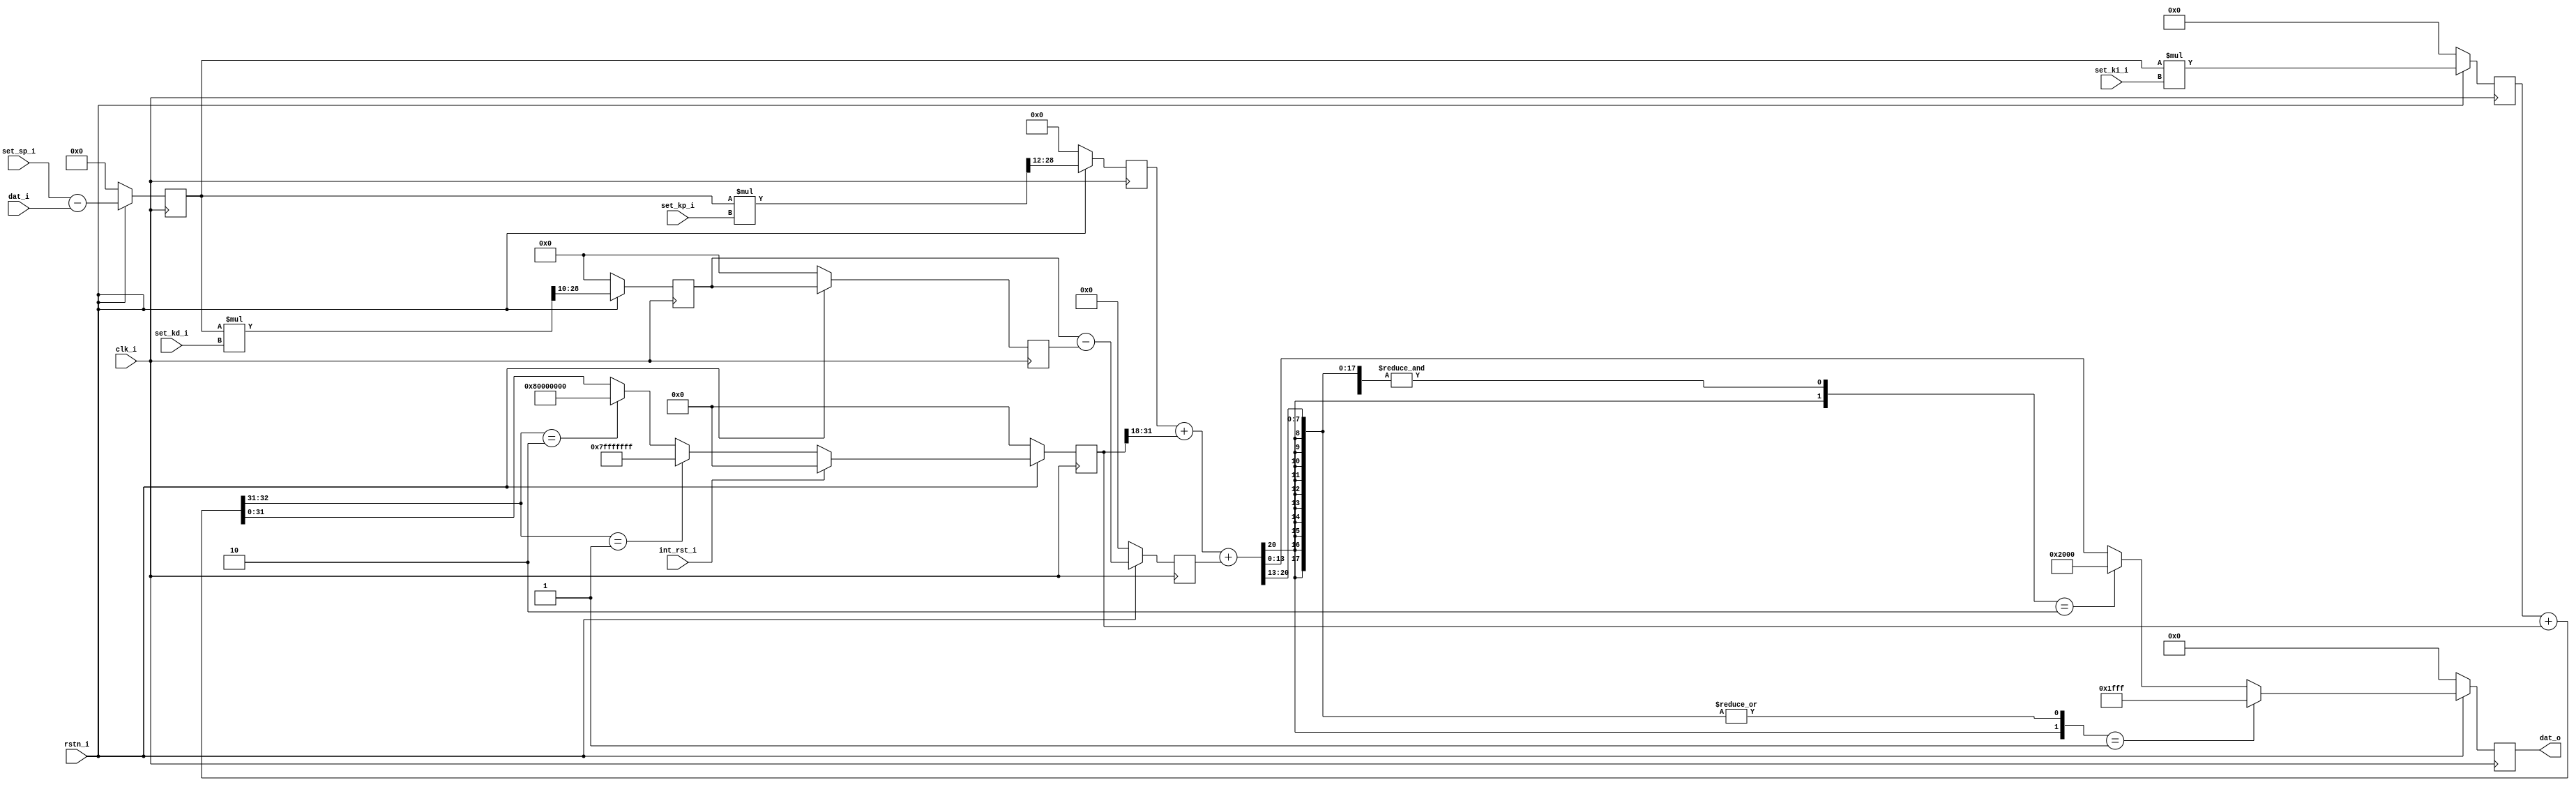
module red_pitaya_pid_block #(
   parameter     PSR = 12         ,
   parameter     ISR = 18         ,
   parameter     DSR = 10          
)
(
   // data
   input                 clk_i           ,  // clock
   input                 rstn_i          ,  // reset - active low
   input      [ 14-1: 0] dat_i           ,  // input data
   output     [ 14-1: 0] dat_o           ,  // output data

   // settings
   input      [ 14-1: 0] set_sp_i        ,  // set point
   input      [ 14-1: 0] set_kp_i        ,  // Kp
   input      [ 14-1: 0] set_ki_i        ,  // Ki
   input      [ 14-1: 0] set_kd_i        ,  // Kd
   input                 int_rst_i          // integrator reset
);




//---------------------------------------------------------------------------------
//  Set point error calculation

reg  [ 15-1: 0] error        ;

always @(posedge clk_i) begin
   if (rstn_i == 1'b0) begin
      error <= 15'h0 ;
   end
   else begin
      error <= $signed(set_sp_i) - $signed(dat_i) ;
   end
end








//---------------------------------------------------------------------------------
//  Proportional part

reg   [29-PSR-1: 0] kp_reg        ;
wire  [    29-1: 0] kp_mult       ;

always @(posedge clk_i) begin
   if (rstn_i == 1'b0) begin
      kp_reg  <= {29-PSR{1'b0}};
   end
   else begin
      kp_reg <= kp_mult[29-1:PSR] ;
   end
end

assign kp_mult = $signed(error) * $signed(set_kp_i);








//---------------------------------------------------------------------------------
//  Integrator

reg   [    29-1: 0] ki_mult       ;
wire  [    33-1: 0] int_sum       ;
reg   [    32-1: 0] int_reg       ;
wire  [32-ISR-1: 0] int_shr       ;

always @(posedge clk_i) begin
   if (rstn_i == 1'b0) begin
      ki_mult  <= {29{1'b0}};
      int_reg  <= {32{1'b0}};
   end
   else begin
      ki_mult <= $signed(error) * $signed(set_ki_i) ;

      if (int_rst_i)
         int_reg <= 32'h0; // reset
      else if (int_sum[33-1:33-2] == 2'b01) // positive saturation
         int_reg <= 32'h7FFFFFFF; // max positive
      else if (int_sum[33-1:33-2] == 2'b10) // negative saturation
         int_reg <= 32'h80000000; // max negative
      else
         int_reg <= int_sum[32-1:0]; // use sum as it is
   end
end

assign int_sum = $signed(ki_mult) + $signed(int_reg) ;
assign int_shr = int_reg[32-1:ISR] ;






//---------------------------------------------------------------------------------
//  Derivative

wire  [    29-1: 0] kd_mult       ;
reg   [29-DSR-1: 0] kd_reg        ;
reg   [29-DSR-1: 0] kd_reg_r      ;
reg   [29-DSR  : 0] kd_reg_s      ;


always @(posedge clk_i) begin
   if (rstn_i == 1'b0) begin
      kd_reg   <= {29-DSR{1'b0}};
      kd_reg_r <= {29-DSR{1'b0}};
      kd_reg_s <= {29-DSR+1{1'b0}};
   end
   else begin
      kd_reg   <= kd_mult[29-1:DSR] ;
      kd_reg_r <= kd_reg;
      kd_reg_s <= $signed(kd_reg) - $signed(kd_reg_r);
   end
end

assign kd_mult = $signed(error) * $signed(set_kd_i) ;












//---------------------------------------------------------------------------------
//  Sum together - saturate output

wire  [   33-1: 0] pid_sum     ; // biggest posible bit-width
reg   [   14-1: 0] pid_out     ;

always @(posedge clk_i) begin
   if (rstn_i == 1'b0) begin
      pid_out    <= 14'b0 ;
   end
   else begin
      if ({pid_sum[33-1],|pid_sum[32-2:13]} == 2'b01) //positive overflow
         pid_out <= 14'h1FFF ;
      else if ({pid_sum[33-1],&pid_sum[33-2:13]} == 2'b10) //negative overflow
         pid_out <= 14'h2000 ;
      else
         pid_out <= pid_sum[14-1:0] ;
   end
end

assign pid_sum = $signed(kp_reg) + $signed(int_shr) + $signed(kd_reg_s) ;






assign dat_o = pid_out ;



endmodule